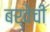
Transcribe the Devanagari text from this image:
बर्वेची